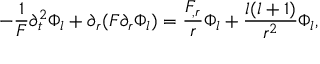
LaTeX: - \frac { 1 } { F } \partial _ { t } ^ { 2 } \Phi _ { l } + \partial _ { r } ( F \partial _ { r } \Phi _ { l } ) = \frac { F _ { , r } } { r } \Phi _ { l } + \frac { l ( l + 1 ) } { r ^ { 2 } } \Phi _ { l } ,